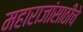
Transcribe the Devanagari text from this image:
महाराजांसाठीचे